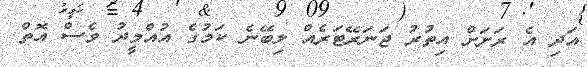
އަދި އެ ރަށަށް އިތުރު ޖަނަރޭޓަރެއް ލިބޭނެ ކަމުގެ އުއްމީދު ވެސް އޮތް